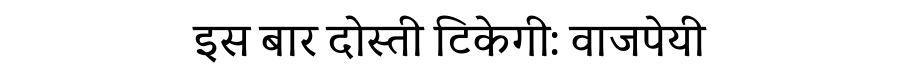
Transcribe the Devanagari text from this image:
इस बार दोस्ती टिकेगी: वाजपेयी